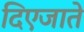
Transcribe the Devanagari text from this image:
दिएजाते